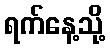
ရက်နေ့သို့